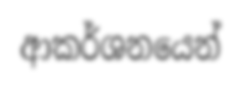
ආකර්ශනයෙන්